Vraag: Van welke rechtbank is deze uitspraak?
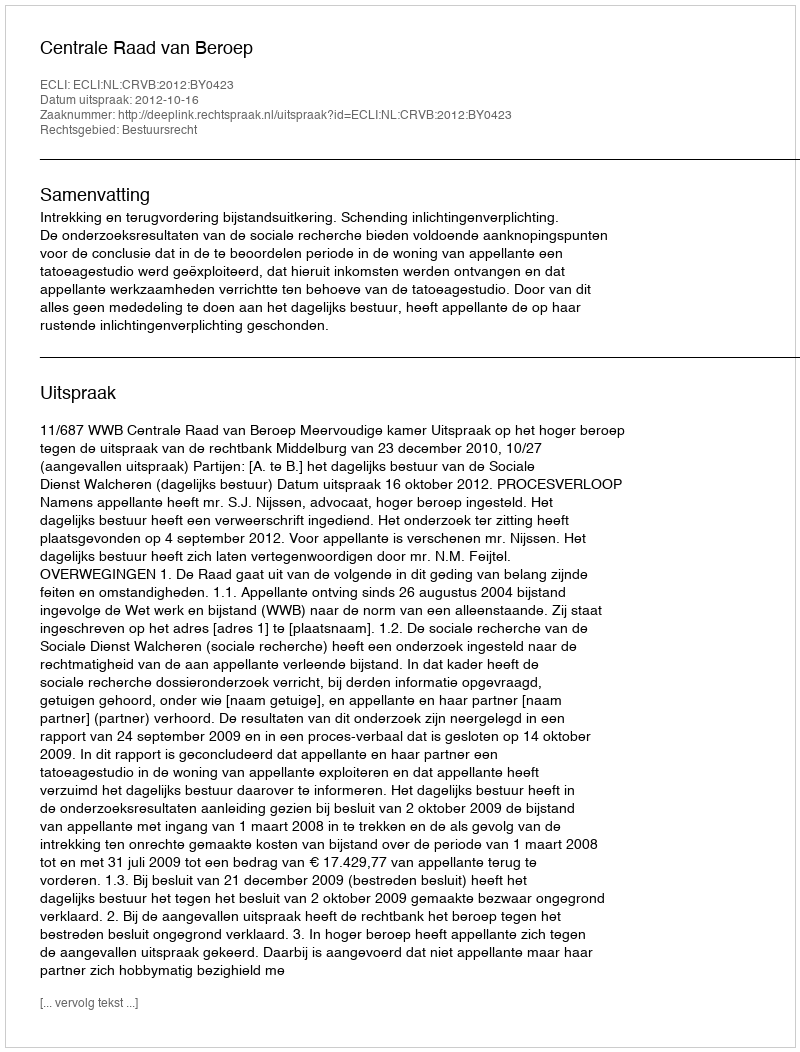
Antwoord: Centrale Raad van Beroep